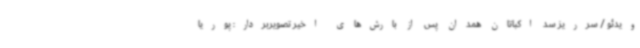
ویدئو / سرریز سد اکباتان همدان پس از بارش‌های اخیر تصویربردار: پوریا